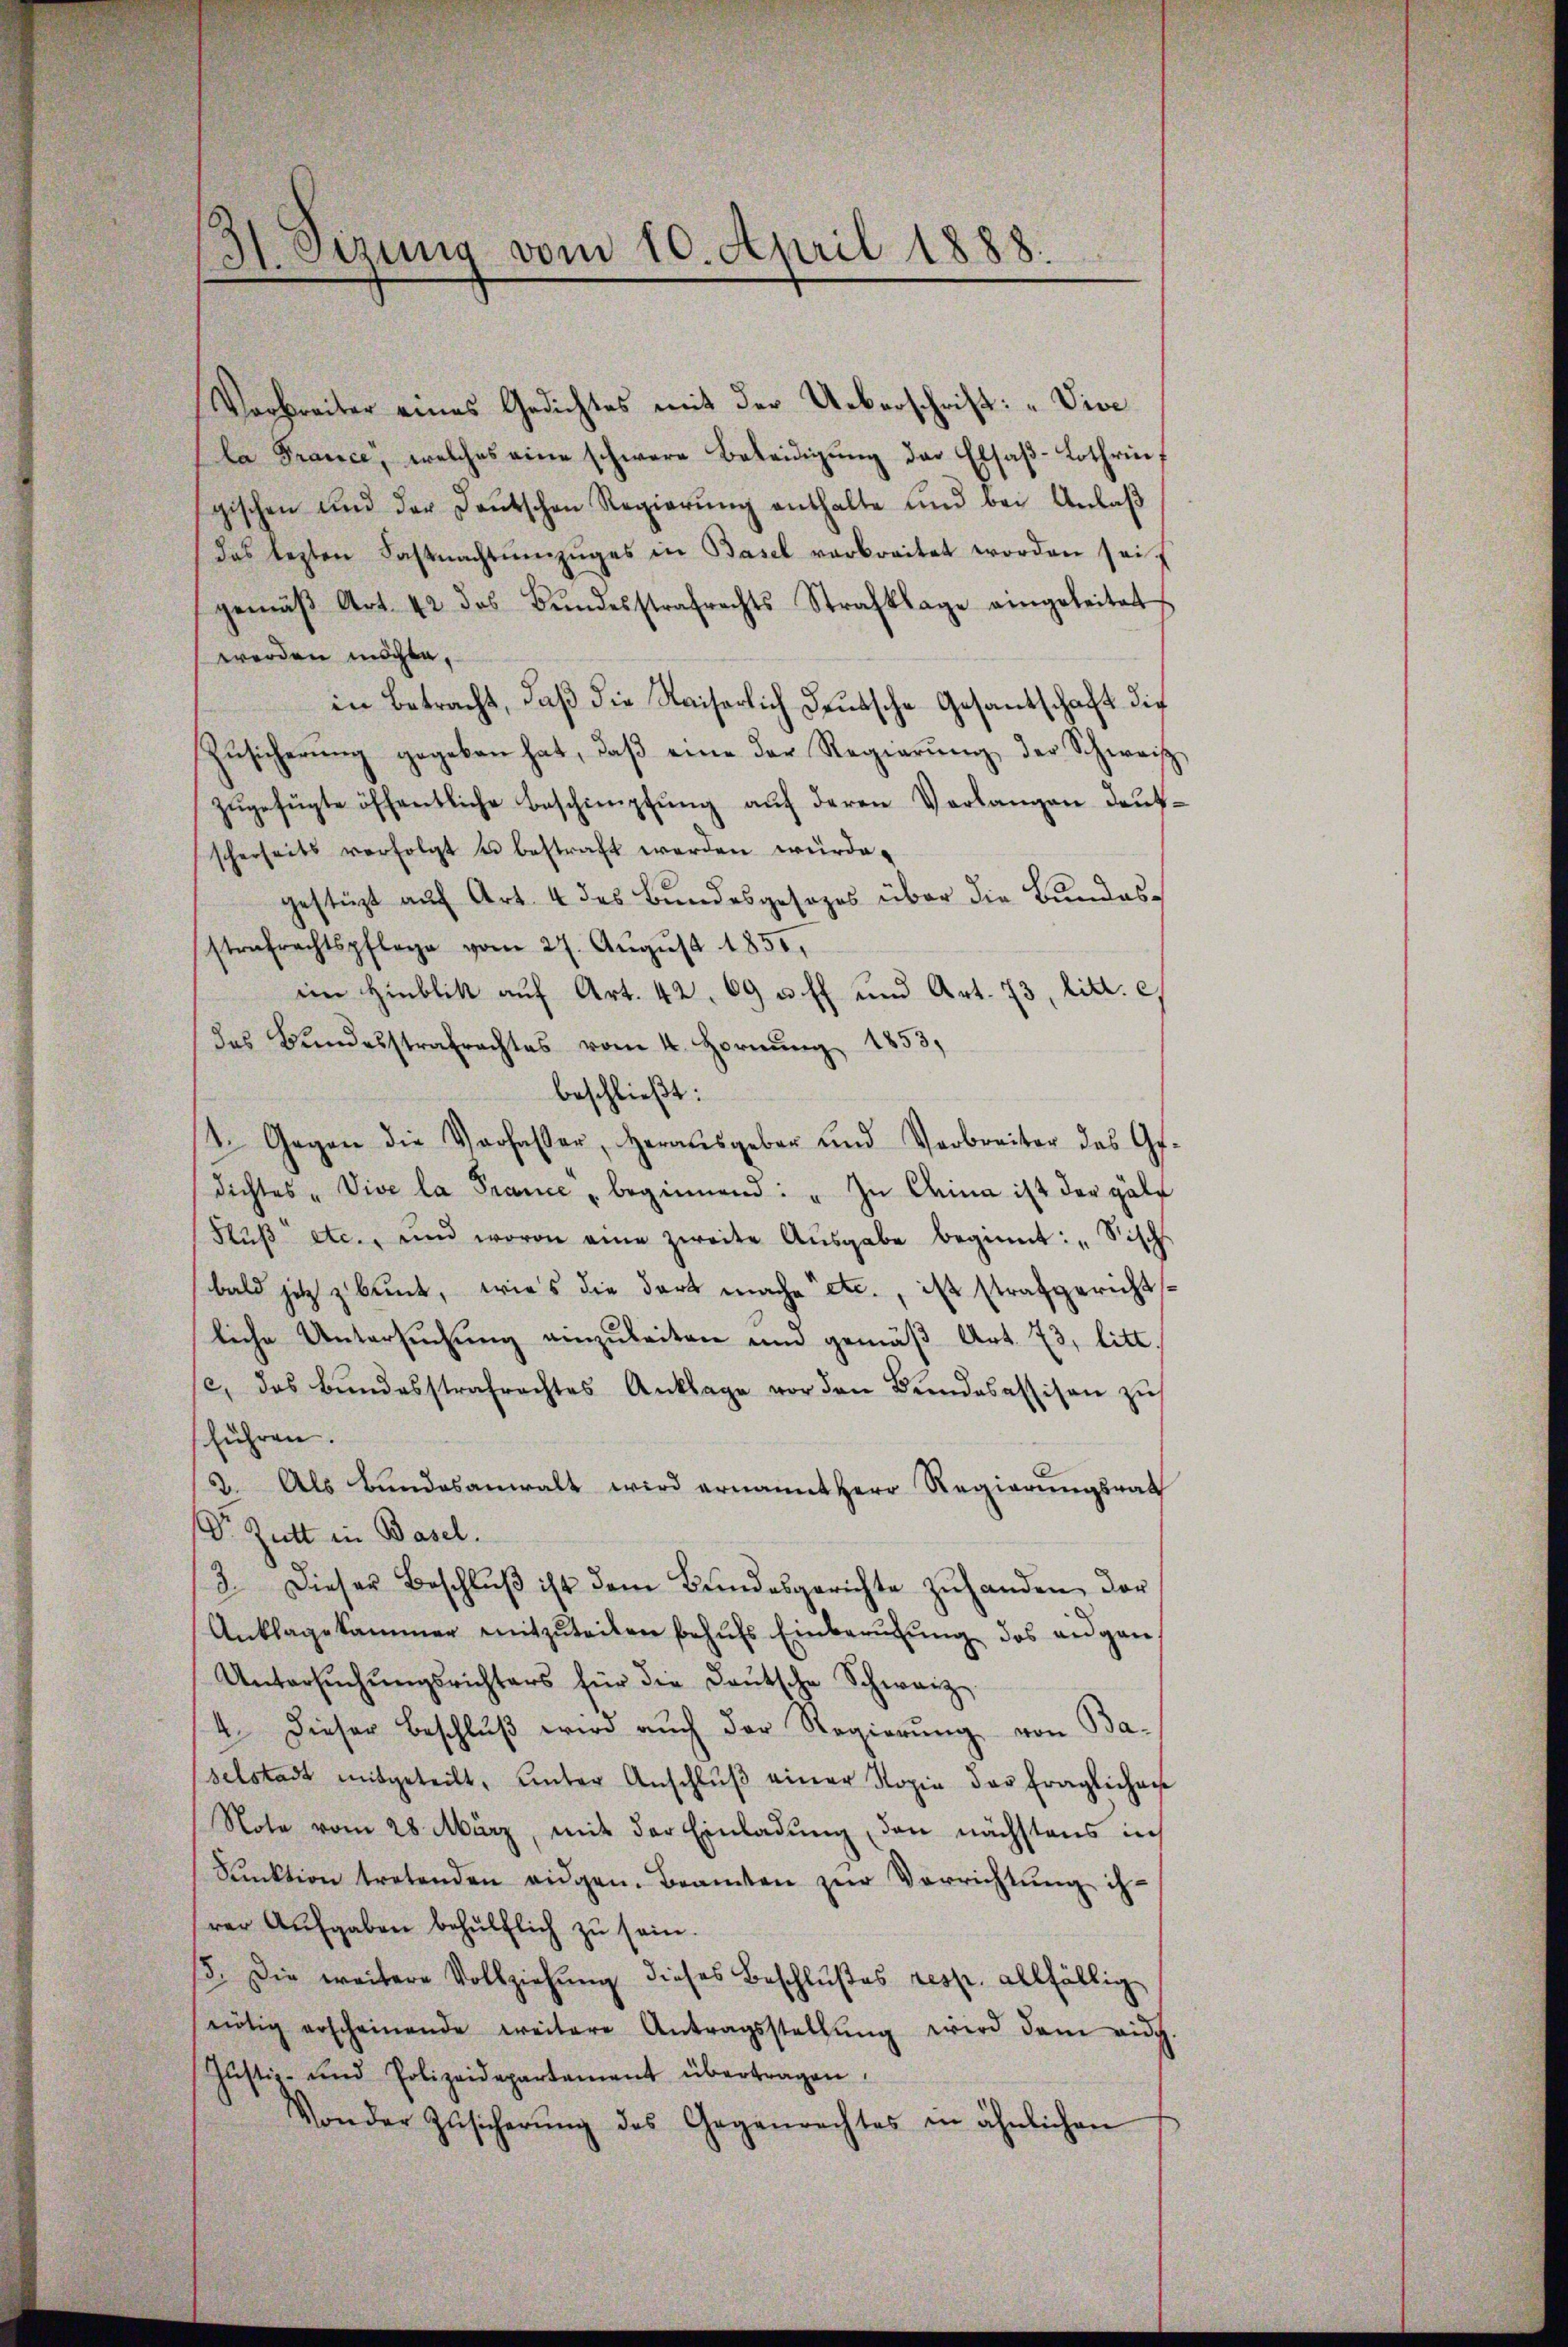
31 Sizung vom 10. April 1888.

Verbreiter eines Gedichtes mit der Ueberschrift: „Vive
la France, welches eine schwere Beleidigŭng der Elsaβ-Lothrif
gischen und der Deutschen Regierŭng enthalte und bei Anlaβ
das lezten Fastnachtŭnŭges in Basel verbreitet worden sei.
gemäβ Art. 42 des Bŭndesstrafrechts Strafklage eingeleitet
werden möchte.
in Betracht, daß die Kaiserlich Deutsche Gesantschaft die
Zŭsicherŭng gegeben hat, daβ eine der Regierŭng der Schweiz
zugefügte öffentliche Beschimpfung auf deren Verlangen deutscherseits verfolgt u bestraft werden würde.
gestüzt auf Art. 4 des Bundesgesezes über die Bundesstrafrechtspflege vom 27. Aŭgŭst 1850.
im Hinblik aŭf Art. 42. 69 u. ff. und Art. 73, litt. c.
des Bundesstrafrachtes vom 4. Hornung 1853.
beschließt:
1. Gegen die Verfasser, Herausgeber und Verbreiter das Ge-
dichtes "Vive la Prance " beginnend: „Zu Drina ist der Hälf
Flŭβ etc., und wovon eine zweite Aŭsgabe beginnt: „Sisch
bald jetzt zu baut, wies die dort mache etc., ist strafgerichtsliche Untersuchung einzuleiten und gemäß Art. 73, litt.
se, das Bŭndesstrafrechtes Anklage vor den Bŭndesassison zu
führen.
2. Als Bundesanwalt wird ernannt Herr Regierŭngsrath
Dr. Zutt in Basel.
3. Dieser Beschlŭβ ist dem Bŭndesgerichte zŭ handen, der
Anklagekammer mitzŭteilen behŭfs Einberŭfŭng des angen.
Untersŭchŭngsrichters für die deŭtsche Schweiz.
4. Dieser Beschlŭβ wird auch der Regierŭng von Ba-
selstadt mitgeteilt, ŭnter Anschlŭβ einer Kopie der fraglichen
Note vom 28. März, mit der Einladung, den nächstens in
Sanktion tretenden eidgen. Beamten zŭr Verrichtung ih-
rer Aufgaben behülflich zu sein.
5. Die weitere Vollziehŭng dieses Beschlŭβes resp. allfällig
nötig erscheinende weitere Antragsstellŭng wird dem auch
Justiz- und Polizeidepartement übertragen.
Von der Zŭsicherŭng des Gegenrechtes in ähnlichen